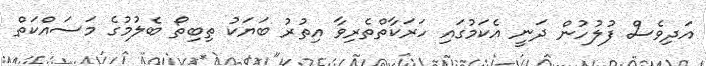
އަދިވެސް ފުލުހުން ދަނީ އެކަމުގައި ހަރަކާތްތެރިވާ އިތުރު ބަޔަކު ތިބިތޯ ބެލުމުގެ މަސައްކަތް